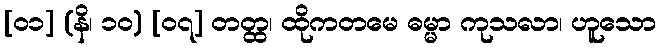
[၀၁] (နိ၊ ၁၀) [၀၇] တတ္ထ၊ ထိုကတမေ ဓမ္မာ ကုသလာ၊ ဟူသော